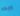
يريده